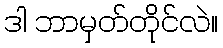
ဒါ ဘာမှတ်တိုင်လဲ။